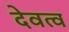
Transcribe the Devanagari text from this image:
देवत्‍व